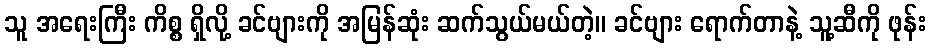
သူ အရေးကြီး ကိစ္စ ရှိလို့ ခင်ဗျားကို အမြန်ဆုံး ဆက်သွယ်မယ်တဲ့။ ခင်ဗျား ရောက်တာနဲ့ သူ့ဆီကို ဖုန်း